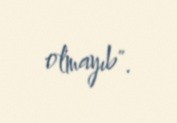
olmayıb".